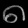
Digit: ၈